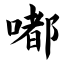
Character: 嘟